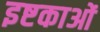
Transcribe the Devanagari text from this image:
इष्टकाओं